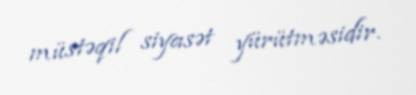
müstəqil siyasət yürütməsidir.